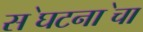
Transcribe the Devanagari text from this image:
स॓घटना॓चा